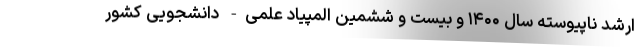
ارشد ناپیوسته سال ۱۴۰۰ و بیست و ششمین المپیاد علمی- دانشجویی کشور